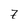
Character: z